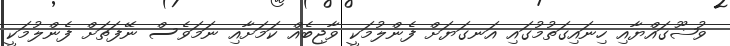
ވުޟޫގައްޔާއި ހިނައިގަތުމުގައި އަނގަޔަށް ފެންލުމަކީ ވާޖިބެއް ކަމަށާއި ނަމަވެސް ނޭފަތަށް ފެންލުމަކީ